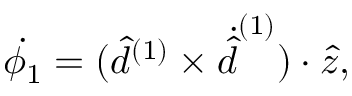
\dot { \phi _ { 1 } } = ( \hat { d } ^ { ( 1 ) } \times \dot { \hat { d } } ^ { ( 1 ) } ) \cdot \hat { z } ,